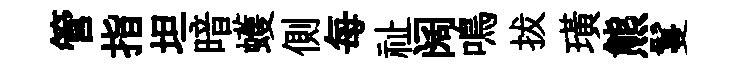
管指坦暗蠖側每祉阔鳴拔璜熊鬘